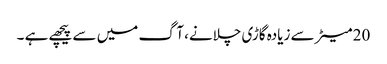
20 میٹر سے زیادہ گاڑی چلانے، آگ میں سے پیچھے ہے ۔